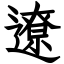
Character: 遼